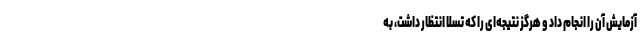
آزمایش آن را انجام داد و هرگز نتیجه‌ای را که تسلا انتظار داشت، به